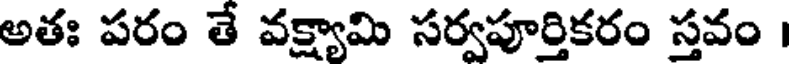
అతః పరం తే వక్ష్యామి సర్వపూర్తికరం స్తవం ।